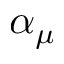
\alpha _ { \mu }